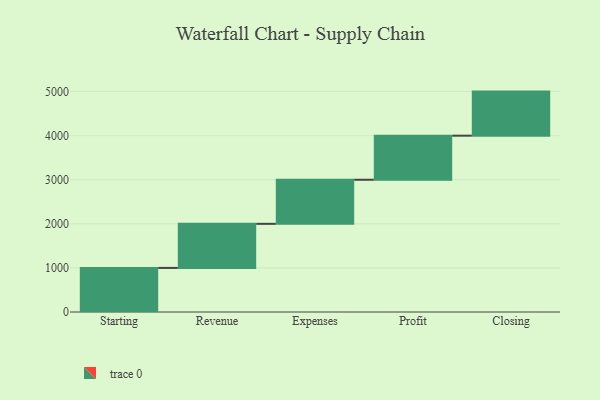
{"axis": {"x": "Step", "y": "Value"}, "legend": [""], "data": [{"x": "Starting", "y": 1000, "type": ""}, {"x": "Revenue", "y": 1000, "type": ""}, {"x": "Expenses", "y": 1000, "type": ""}, {"x": "Profit", "y": 1000, "type": ""}, {"x": "Closing", "y": 1000, "type": ""}]}